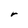
Character: r